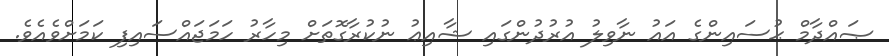
ޞައްދާމް ޙުސައިންގެ އައު ނާވިލު އުރުދުންގައި ޝާއިޢު ނުކުރާގޮތަށް މިހާރު ހަމަޖައްސައިފި ކަމަށްވެއެވެ.